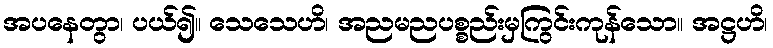
အပနေတွာ၊ ပယ်၍။ သေသေဟိ၊ အညမညပစ္စည်းမှကြွင်းကုန်သော။ အဋ္ဌဟိ၊